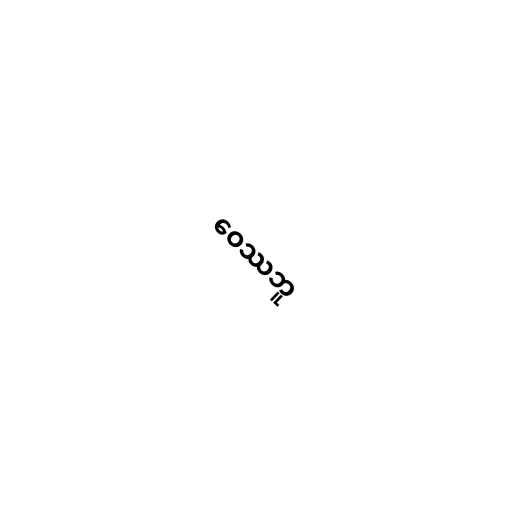
ဝေဿဘူ